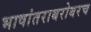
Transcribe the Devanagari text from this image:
भाषांतराबरोबरच